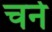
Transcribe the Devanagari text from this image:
चर्न